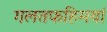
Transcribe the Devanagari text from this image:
गलतफहिमयां